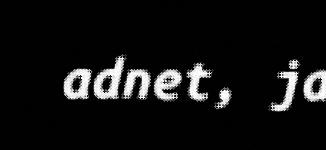
adnet, ja